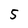
Character: 5